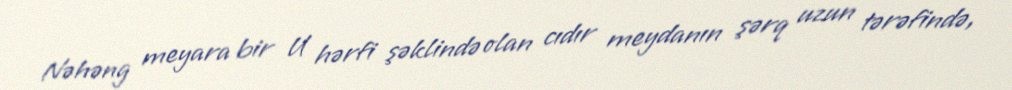
Nəhəng meyara bir U hərfi şəklində olan cıdır meydanın şərq uzun tərəfində,